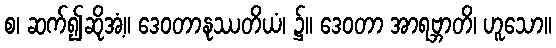
စ၊ ဆက်၍ဆိုအံ့။ ဒေဝတာနုဿတိယံ၊ ၌။ ဒေဝတာ အာရဗ္ဘာတိ၊ ဟူသော။